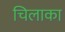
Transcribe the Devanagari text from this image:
चिलाका